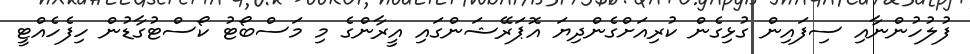
ފުލުހުންނާއި ސިފައިން ގުޅިގެން ކުރިއަށްގެންދިޔަ އޮޕަރޭޝަންގައި އީރާންގެ މި މަސްބޯޓު ކޯސްޓުގާޑުން ހިފެހެއްޓީ